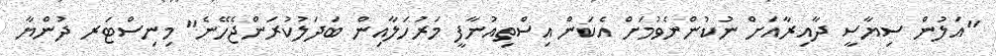
"އަލުން ސިޔާސީ ދާއިރާއަށް ނުކުންނެވުމަށް އެކަން އިސްތިއުނާފީ މަރުހަލާއިން ބަދަލުކުރަންޖެހޭނެ" މިނިސްޓަރ ދުންޔާ